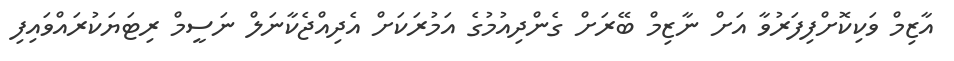
އާޒިމް ވަކިކޮށްފިފަރުވާ އަށް ނާޒިމް ބޭރަށް ގެންދިއުމުގެ އަމުރަކަށް އެދިއްޖެކާނަލް ނަސީމް ރިޓަޔަކުރައްވައިފި